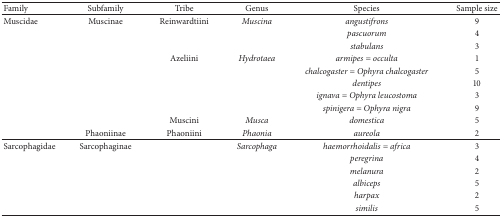
<table><thead><tr><td><b>Family</b></td><td><b>Subfamily</b></td><td><b>Tribe</b></td><td><b>Genus</b></td><td><b>Species</b></td><td><b>Sample size</b></td></tr></thead><tbody><tr><td>Muscidae</td><td>Muscinae</td><td>Reinwardtiini</td><td><i>Muscina </i></td><td><i>angustifrons </i></td><td>9</td></tr><tr><td> </td><td> </td><td> </td><td> </td><td><i>pascuorum </i></td><td>4</td></tr><tr><td> </td><td> </td><td> </td><td> </td><td><i>stabulans </i></td><td>3</td></tr><tr><td> </td><td> </td><td>Azeliini</td><td><i>Hydrotaea </i></td><td><i>armipes = occulta </i></td><td>1</td></tr><tr><td> </td><td> </td><td> </td><td> </td><td><i>chalcogaster = Ophyra chalcogaster </i></td><td>5</td></tr><tr><td> </td><td> </td><td> </td><td> </td><td><i>dentipes </i></td><td>10</td></tr><tr><td> </td><td> </td><td> </td><td> </td><td><i>ignava = Ophyra leucostoma </i></td><td>3</td></tr><tr><td> </td><td> </td><td> </td><td> </td><td><i>spinigera = Ophyra nigra </i></td><td>9</td></tr><tr><td> </td><td> </td><td>Muscini</td><td><i>Musca </i></td><td><i>domestica </i></td><td>5</td></tr><tr><td> </td><td>Phaoniinae</td><td>Phaoniini</td><td><i>Phaonia </i></td><td><i>aureola </i></td><td>2</td></tr><tr><td>Sarcophagidae</td><td>Sarcophaginae</td><td> </td><td><i>Sarcophaga </i></td><td><i>haemorrhoidalis = africa </i></td><td>3</td></tr><tr><td> </td><td> </td><td> </td><td> </td><td><i>peregrina </i></td><td>4</td></tr><tr><td> </td><td> </td><td> </td><td> </td><td><i>melanura </i></td><td>2</td></tr><tr><td> </td><td> </td><td> </td><td> </td><td><i>albiceps </i></td><td>5</td></tr><tr><td> </td><td> </td><td> </td><td> </td><td><i>harpax </i></td><td>2</td></tr><tr><td> </td><td> </td><td> </td><td> </td><td><i>similis </i></td><td>5</td></tr></tbody></table>